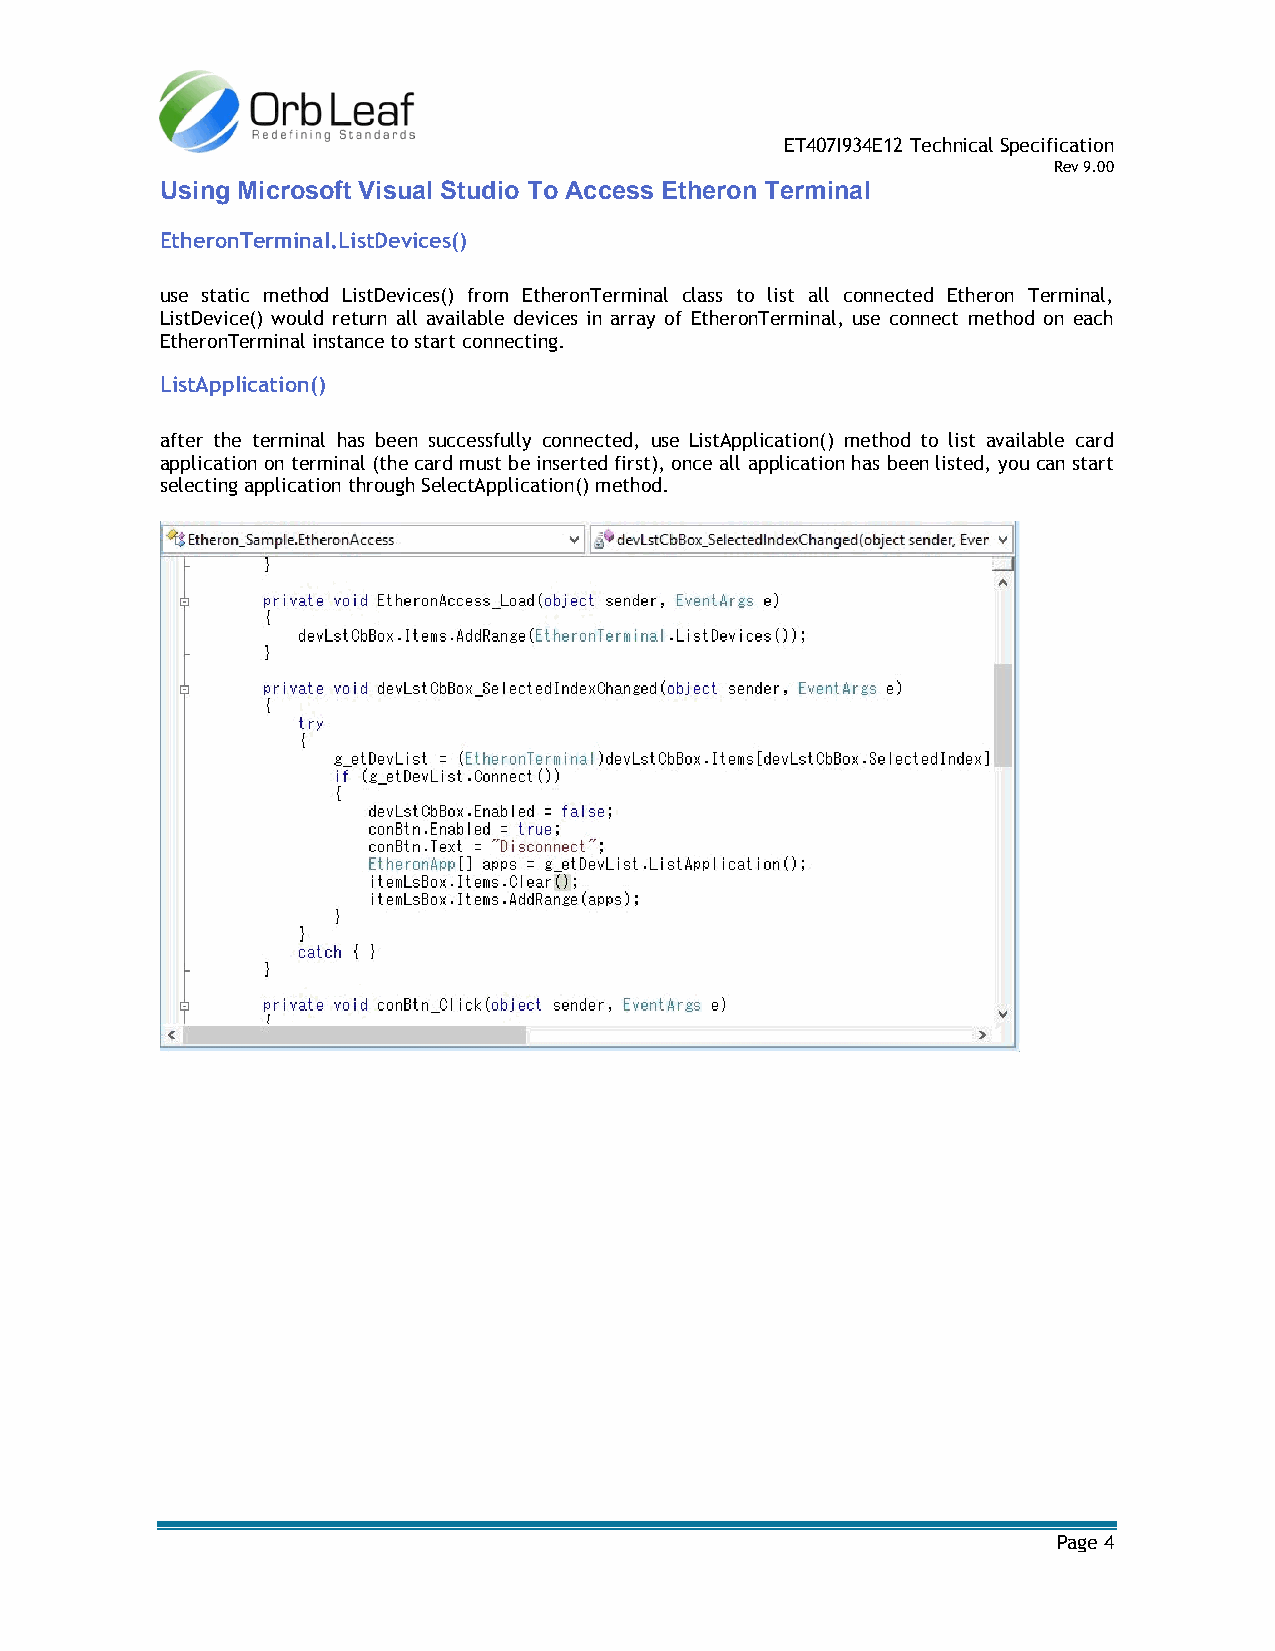
ET407I934E12 Technical Specification
 Rev 9.00
 Using Microsoft Visual Studio To Access Etheron Terminal
 EtheronTerminal.ListDevices()
 use static method ListDevices() from EtheronTerminal class to list all connected Etheron Terminal,
 ListDevice() would return all available devices in array of EtheronTerminal, use connect method on each
 EtheronTerminal instance to start connecting.
 ListApplication()
 after the terminal has been successfully connected, use ListApplication() method to list available card
 application on terminal (the card must be inserted first), once all application has been listed, you can start
 selecting application through SelectApplication() method.
 Page 4